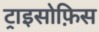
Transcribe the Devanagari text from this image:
ट्राइसोफ़िस